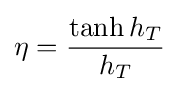
{\eta }={\frac {\tanh h_{T}}{h_{T}}}